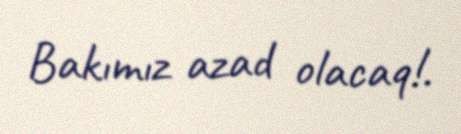
Bakımız azad olacaq!.